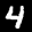
Label: 4